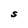
Character: S